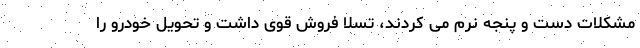
مشکلات دست و پنجه نرم می کردند، تسلا فروش قوی داشت و تحویل خودرو را